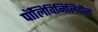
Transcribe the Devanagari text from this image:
पॉलिविनिलिडीन